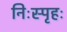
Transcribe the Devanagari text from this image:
निःस्पृहः